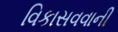
વિકાસવવાની